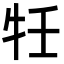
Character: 𭷗